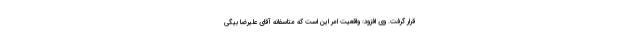
قرار گرفت. وی افزود: واقعیت امر این است که متاسفانه آقای علیرضا بیگی